Lunatic asylums Punjab 1881-1894 - 1881-1894
Year: 1881
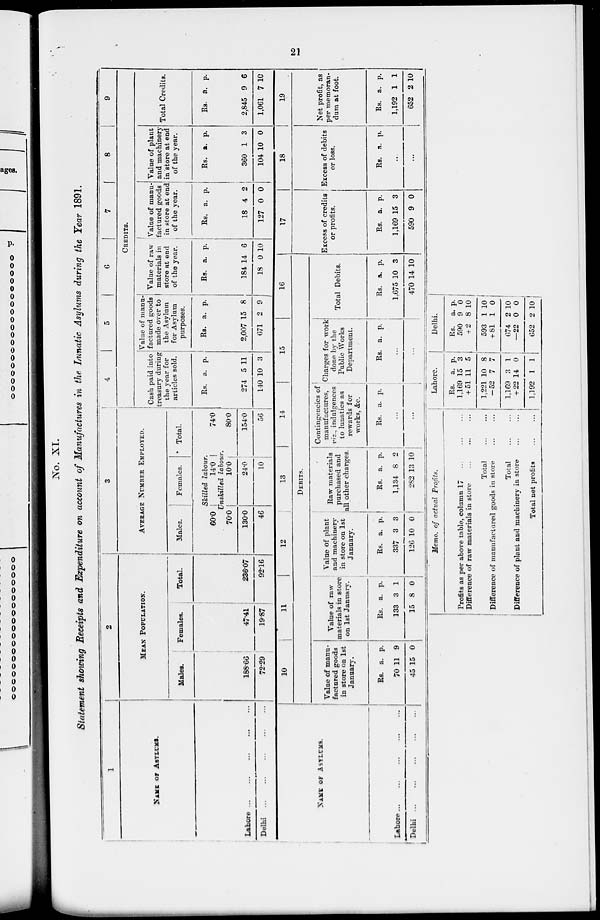
21
No. XI.
Statement showing Receipts and Expenditure on account of Manufactures in the Lunatic Asylums during the Year 1891.
Memo. of actual Profits.
Profits as per above table, column 17 ... ... ...
Difference of raw materials in store ... ... ...
Total
...
...
Difference of manufactured goods in store ... ...
Total
...
...
Difference of plant and machinery in store
...
...
Total net profits
...
...
Lahore.
Rs.
1,169
+ 51
1,221
—52
1,169
+ 22
1,192
a.
15
11
10
7
3
14
1
p.
3
5
8
7
1
0
1
Delhi.
Rs.
590
+2
593
+ 81
674
—22
652
a.
9
8
1
1
2
0
2
p.
0
10
10
0
10
0
10
1
NAME OF ASYLUMS.
Lahore
...
...
...
...
...
Delhi
...
...
...
...
...
2
MEAM POPULATION.
Males.
188.66
72.29
Females.
47.41
19.87
Total.
236.07
92.16
3
AVERAGE NUMBER EMPLOYED.
Males.
Females.
Total.
Skilled labour.
60.0
14.0
74.0
Unskilled labour.
70.0
130.0
46
10.0
24.0
10
80.0
154.0
56
4
5
6
7
8
9
CREDITS.
Cash paid into
treasury during
the year for
articles sold.
Rs.
274
140
a.
5
10
p.
11
3
Value of manu-
factured goods
made over to
the Asylum
for Asylum
purposes.
Rs.
2,007
671
a.
15
2
p.
8
9
Value of raw
materials in
store at end
of the year.
Rs.
184
18
a.
14
0
p.
6
10
Value of manu-
factured goods
in store at end
of the year.
Rs.
18
127
a.
4
0
p.
2
0
Value of plant
and machinery
in store at end
of the year.
Rs.
360
104
a,
1
10
p.
3
0
Total Credits.
Rs.
2,845
1,061
a.
9
7
p.
6
10
NAME OF ASYLUMS.
Lahore ... ... ... ... ...
Delhi ... ... ... ... ...
10
11
12
13
14
15
16
DEBITS.
Value of manu-
factured goods
in store on 1st
January.
Rs.
70
45
a.
11
15
p.
9
0
Value of raw-
materials in store
on 1st January.
Rs.
133
15
a.
3
8
p.
1
1
Value of plant
and machinery
in store on 1st
January.
Rs.
337
126
a.
3
10
p.
3
0
Raw materials
purchased and
all other charges.
Rs.
1,134
282
a.
8
13
p.
2
10
Contingencies of
manufactures,
viz., indulgences
to lunatics as
rewards for
works, &c.
Rs. a. p.
...
...
Charges for work
done by the
Public Works
Department.
Rs. a. p.
...
...
Total Debits.
Rs.
1,675
470
a.
10
14
p.
3
10
17
Excess of credits
or profits.
Rs.
1,169
590
a.
15
9
p.
3
0
18
Excess of debits
or loss.
Rs. a. p.
...
...
19
Net profit, as
per memoran-
dum at foot.
Rs.
1,192
652
a.
1
2
p.
1
10